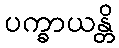
ပက္ခာယန္တိ